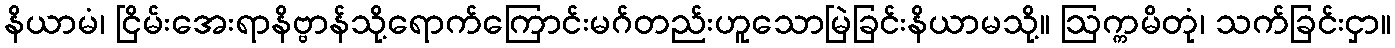
နိယာမံ၊ ငြိမ်းအေးရာနိဗ္ဗာန်သို့ရောက်ကြောင်းမဂ်တည်းဟူသောမြဲခြင်းနိယာမသို့။ ဩက္ကမိတုံ၊ သက်ခြင်းငှာ။